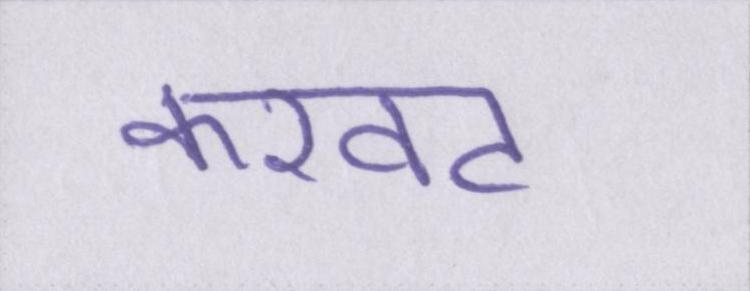
करवट